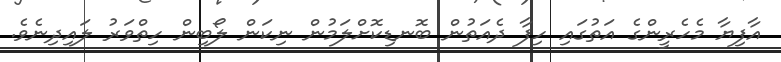
އާފިޔާ މެހެރީންގެ އަތުގައި ހިފާ ދެއަތުން ބޮނޑިކޮށްލަމުން ނިކަން ލޯބިން ހިތްވަރު ލައިދިނެވެ.